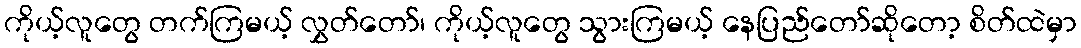
ကိုယ့်လူတွေ တက်ကြမယ့် လွှတ်တော်၊ ကိုယ့်လူတွေ သွားကြမယ့် နေပြည်တော်ဆိုတော့ စိတ်ထဲမှာ